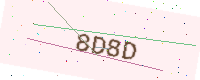
Text: 8D8D